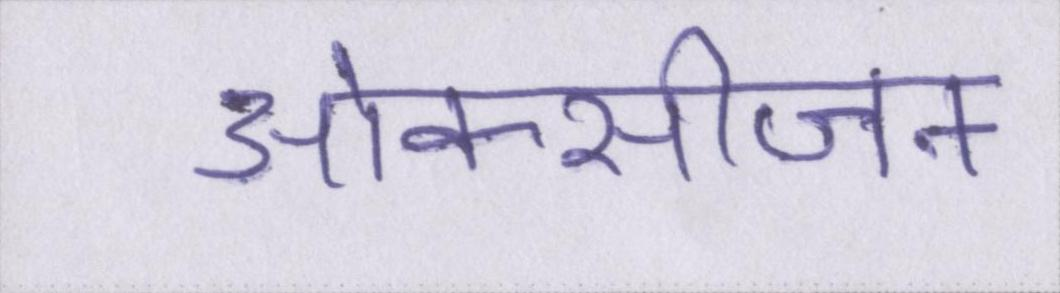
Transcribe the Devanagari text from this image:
ओक्सीजन